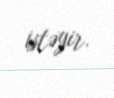
istəyir.